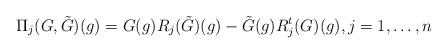
LaTeX: \begin{align*}\Pi_j(G,\tilde G)(g)=G(g) R_j (\tilde G)(g)-\tilde G(g)R_j^t( G)(g), j=1,\ldots, n\end{align*}